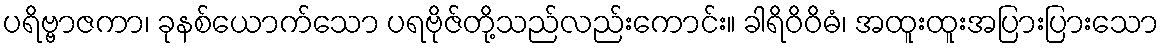
ပရိဗ္ဗာဇကာ၊ ခုနစ်ယောက်သော ပရဗိုဇ်တို့သည်လည်းကောင်း။ ခါရိဝိဝိဓံ၊ အထူးထူးအပြားပြားသော